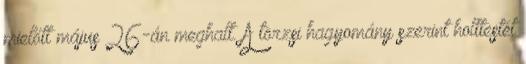
mielőtt május 26-án meghalt. A törzsi hagyomány szerint holttestét